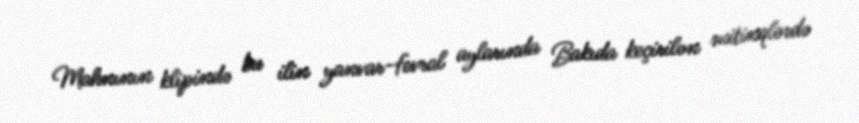
Mahnının klipində bu ilin yanvar-fevral aylarında Bakıda keçirilən mitinqlərdə